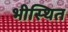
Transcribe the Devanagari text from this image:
भीस्थित